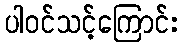
ပါဝင်သင့်ကြောင်း